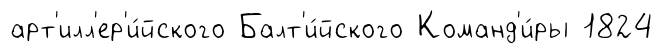
арт'илл'ер'и́йского Балт'и́йского Команд'и́ры 1824